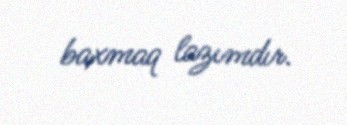
baxmaq lazımdır.